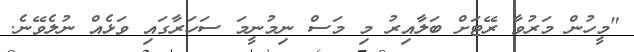
"މީހުން މަރުވާ ރޭޓަށް ބަލާއިރު މި މަސް ނިމުނީމަ ސަހަރާގައި ވަޅެއް ނުލެވޭނެ.